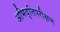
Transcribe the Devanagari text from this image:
अभिवृत्तिपरीक्षण